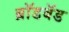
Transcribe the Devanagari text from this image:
ब्राॅडबॅड